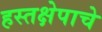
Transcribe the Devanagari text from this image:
हस्तक्षेपाचे